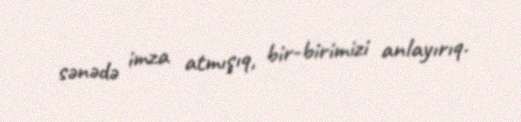
sənədə imza atmışıq, bir-birimizi anlayırıq.